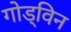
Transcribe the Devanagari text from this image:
गोड्विन